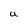
Character: U